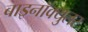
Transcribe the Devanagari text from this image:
बाइनॉक्युलर